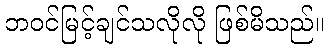
ဘဝင်မြင့်ချင်သလိုလို ဖြစ်မိသည်။